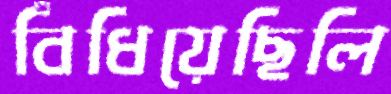
বিঁধিয়েছিলি